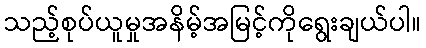
သည့်စုပ်ယူမှုအနိမ့်အမြင့်ကိုရွေးချယ်ပါ။